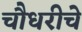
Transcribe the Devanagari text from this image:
चौधरीचे